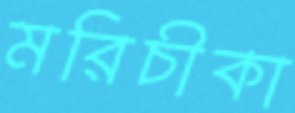
মরিচীকা